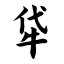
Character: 牮